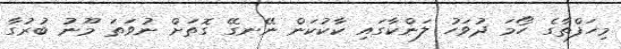
މިހަފްތާގެ ހޯމަ ދުވަހު ލަންކާގައި ކާކުކަން ނޭނގޭ ގޮތަށް ނުވަތަ މޫނު ބުރުގާ